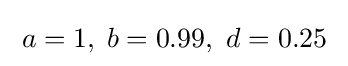
\;a=1,\;b=0.99,\ d=0.25\;